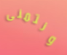
ونتمنى